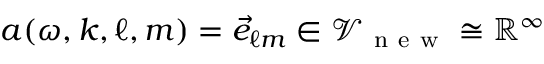
a ( \omega , k , \ell , m ) = \vec { e } _ { \ell m } \in \mathcal { V } _ { \mathrm { ~ n ~ e ~ w ~ } } \cong \mathbb { R } ^ { \infty }